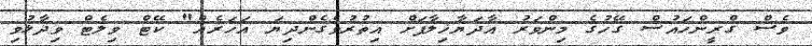
ވެސް ގްރީންހައުސް ގޭހުގެ މިންވަރު އާދަޔާޚިލާފަށް އިތުރުވެގެންދިޔަ އަހަރެއް" ކޭޓް ވިލެޓް ވިދާޅުވި